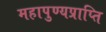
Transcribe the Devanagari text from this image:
महापुण्यप्राप्ति